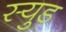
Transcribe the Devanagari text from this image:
स्युड